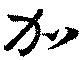
加